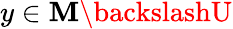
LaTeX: y\in\mathbf{M}\backslashU